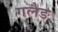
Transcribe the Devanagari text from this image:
गलैङ